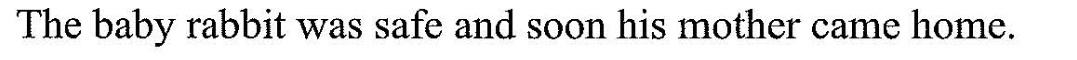
The baby rabbit was safe and soon his mother came home.